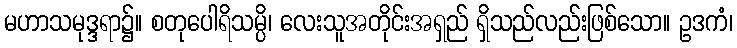
မဟာသမုဒ္ဒရာ၌။ စတုပေါရိသမ္ပိ၊ လေးသူအတိုင်းအရှည် ရှိသည်လည်းဖြစ်သော။ ဥဒကံ၊